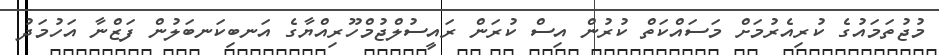
މުޖުތަމައުގެ ކުރިއެރުމަށް މަސައްކަތް ކުރުން އިސް ކުރަން ރައީސުލްޖުމްހޫރިއްޔާގެ އަނބިކަނބަލުން ފަޒްނާ އަހުމަދު